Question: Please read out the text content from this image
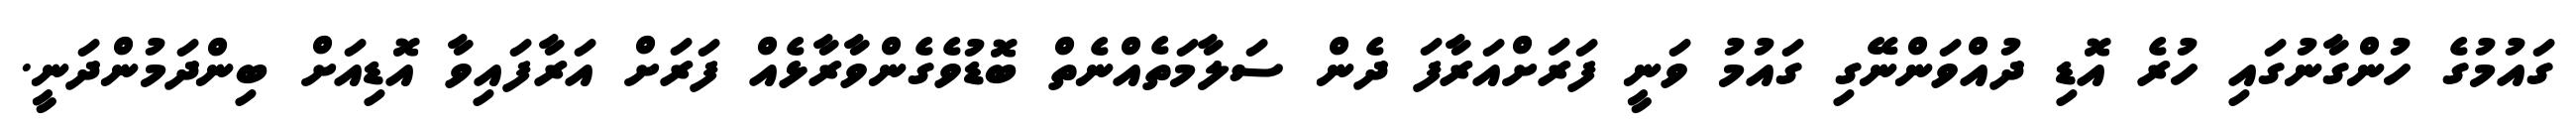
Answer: ގައުމުގެ ހުންގާނުގައި ހުރެ އޮޑި ދުއްވަންނޭގި ގައުމު ވަނީ ފަރަށްއަރާފަ ދެން ސަލާމަތެއްނެތް ބޮޑުވެގެންވާރާޅެއް ފަރަށް އަރާފައިވާ އޮޑިއަށް ބިންދަމުންދަނީ.